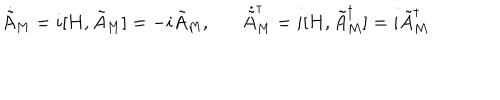
\dot { \tilde { A } } _ { M } = i [ H , \tilde { A } _ { M } ] = - i \tilde { A } _ { M } , \dot { \tilde { A } } _ { M } ^ { \dagger } = i [ H , \tilde { A } _ { M } ^ { \dagger } ] = i \tilde { A } _ { M } ^ { \dagger }